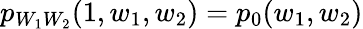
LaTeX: p_{W_{1}W_{2}}(1,w_{1},w_{2})=p_{0}(w_{1},w_{2})